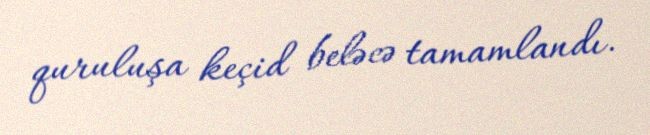
quruluşa keçid beləcə tamamlandı.